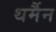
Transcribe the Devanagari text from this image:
थर्मैन